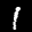
Label: 1